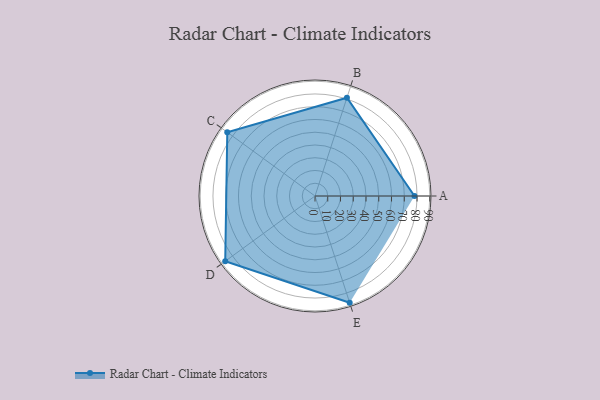
{"axis": {"x": "Skill", "y": "Score"}, "legend": ["Profile"], "data": [{"x": "A", "y": 78.0, "type": "Profile"}, {"x": "B", "y": 81.0, "type": "Profile"}, {"x": "C", "y": 85.0, "type": "Profile"}, {"x": "D", "y": 87.0, "type": "Profile"}, {"x": "E", "y": 88.0, "type": "Profile"}]}